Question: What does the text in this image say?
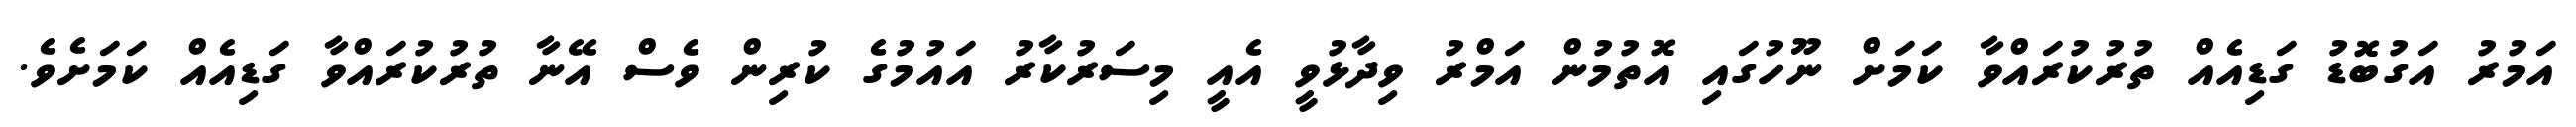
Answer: އަމުރު އަގުބޮޑު ގަޑިއެއް ތުރުކުރައްވާ ކަމަށް ނޫހުގައި އޮތުމުން އަމްރު ވިދާޅުވީ އެއީ މިސަރުކާރު އައުމުގެ ކުރިން ވެސް އޭނާ ތުރުކުރައްވާ ގަޑިއެއް ކަމަށެވެ.